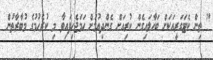
" ތިން ކެޓަގަރީއަކަށް ބަހާލައިގެން ކުރިއަށް ގެންދިއުމަށް ހަމަޖެހިފައިވާ މި ކުރެހުމުގެ މުބާރާތުން